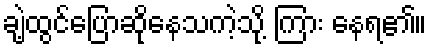
ချဲ့ထွင်ပြောဆိုနေသကဲ့သို့ ကြား နေရ၏။